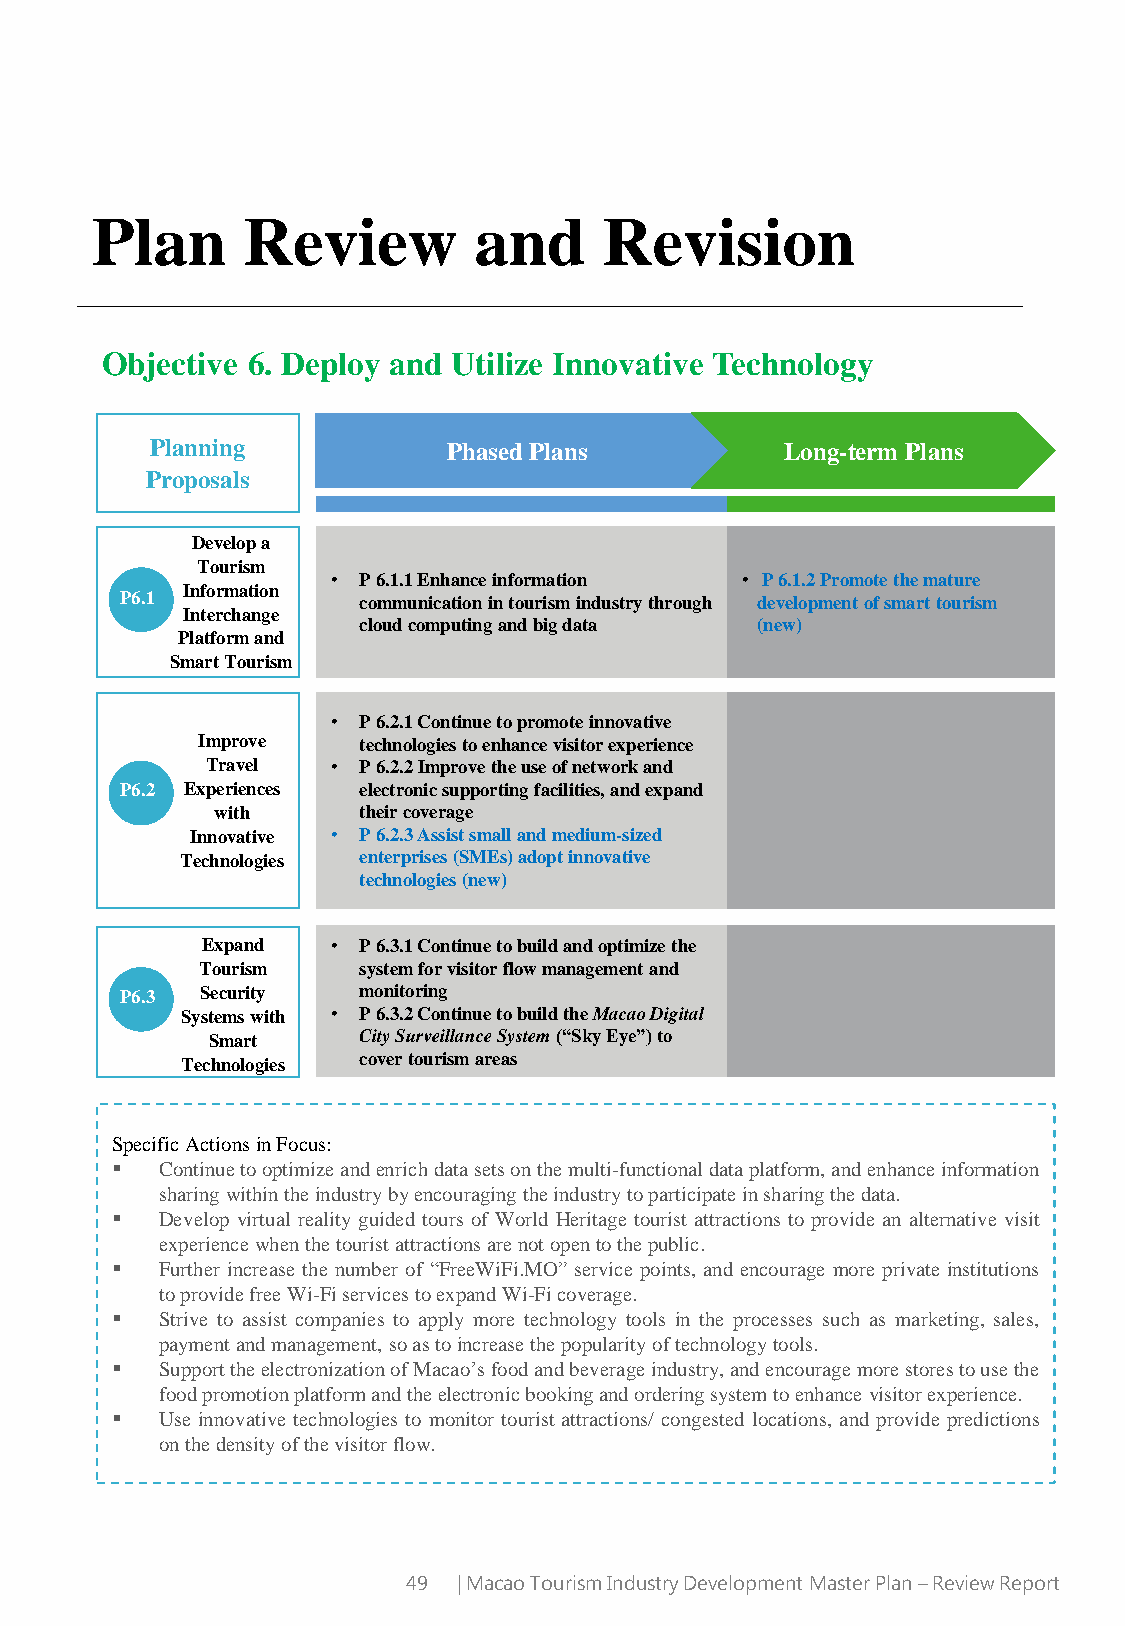
Plan      Review         and      Revision
 Objective 6. Deploy and Utilize Innovative Technology
 Planning            Phased Plans          Long-term Plans
 Proposals
 Develop a
 Tourism
 • P 6.1.1 Enhance information • P 6.1.2 Promote the mature
 Information
 P6.1            communication in tourism industry through development of smart tourism
 Interchange
 cloud computing and big data (new)
 Platform and
 Smart Tourism
 • P 6.2.1 Continue to promote innovative
 Improve    technologies to enhance visitor experience
 Travel  • P 6.2.2 Improve the use of network and
 P6.2 Experiences electronic supporting facilities, and expand
 with      their coverage
 Innovative • P 6.2.3 Assist small and medium-sized
 Technologies enterprises (SMEs) adopt innovative
 technologies (new)
 Expand   • P 6.3.1 Continue to build and optimize the
 Tourism    system for visitor flow management and
 P6.3 Security   monitoring
 Systems with • P 6.3.2 Continue to build the Macao Digital
 Smart     City Surveillance System(“Sky Eye”) to
 Technologies cover tourism areas
 Specific Actions in Focus:
 ▪   Continuetooptimizeandenrichdatasetsonthemulti-functionaldataplatform,andenhanceinformation
 sharingwithintheindustrybyencouragingtheindustrytoparticipateinsharingthedata.
 ▪   Develop virtual reality guided tours of World Heritage tourist attractions to provide an alternative visit
 experiencewhenthetouristattractionsarenotopentothepublic.
 ▪   Further increase the number of “FreeWiFi.MO” service points, and encourage more private institutions
 toprovidefreeWi-FiservicestoexpandWi-Ficoverage.
 ▪   Strive to assist companies to apply more technology tools in the processes such as marketing, sales,
 payment andmanagement, soastoincreasethepopularityoftechnologytools.
 ▪   SupporttheelectronizationofMacao’sfoodandbeverageindustry,andencouragemorestorestousethe
 foodpromotionplatformandtheelectronicbookingandorderingsystemtoenhance visitorexperience.
 ▪   Use innovative technologies to monitor tourist attractions/ congested locations, and provide predictions
 onthedensityofthevisitorflow.
 49 | Macao Tourism Industry Development Master Plan –Review Report